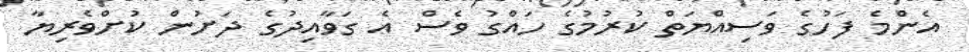
އެންމެ ފަހުގެ ވަސިއްޔަތް ކުރުމުގެ ހައްގު ވެސް އެ ގަވާއިދުގެ ދަށުން ކުށްވެރިޔާ